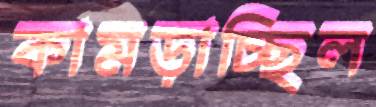
কামড়াচ্ছিল